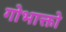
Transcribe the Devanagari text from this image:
गोभाक्तो